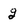
Character: g